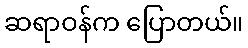
ဆရာဝန်က ပြောတယ်။